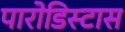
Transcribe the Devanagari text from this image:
पारोडिस्टास